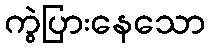
ကွဲပြားနေသော